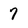
Character: 7